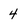
Character: 4